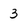
Character: 3